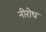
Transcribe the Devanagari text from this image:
नीरोध